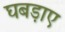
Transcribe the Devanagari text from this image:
घबड़ाए